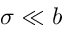
\sigma \ll b